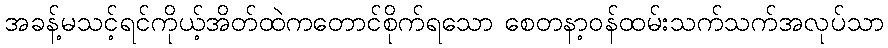
အခန့်မသင့်ရင်ကိုယ့်အိတ်ထဲကတောင်စိုက်ရသော စေတနာ့ဝန်ထမ်းသက်သက်အလုပ်သာ